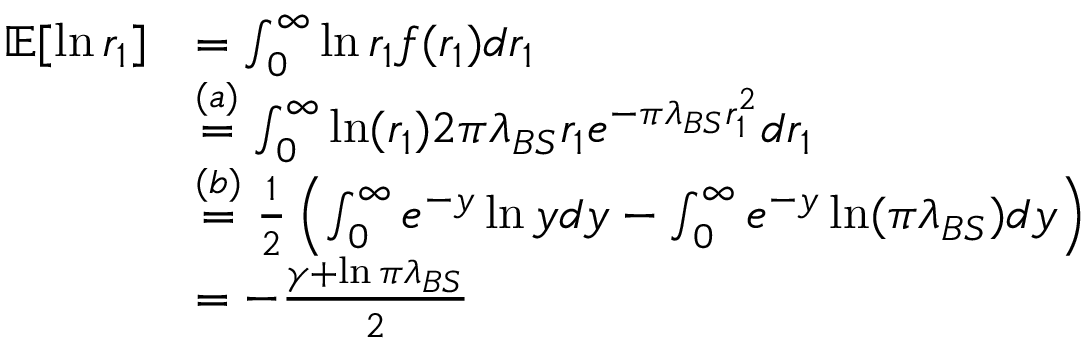
\begin{array} { r l } { \mathbb { E } [ \ln r _ { 1 } ] } & { = \int _ { 0 } ^ { \infty } \ln r _ { 1 } f ( r _ { 1 } ) d r _ { 1 } } \\ & { \stackrel { { ( a ) } } { = } \int _ { 0 } ^ { \infty } \ln ( r _ { 1 } ) 2 \pi \lambda _ { B S } r _ { 1 } e ^ { - \pi \lambda _ { B S } r _ { 1 } ^ { 2 } } d r _ { 1 } } \\ & { \stackrel { { ( b ) } } { = } \frac { 1 } { 2 } \left( \int _ { 0 } ^ { \infty } e ^ { - y } \ln y d y - \int _ { 0 } ^ { \infty } e ^ { - y } \ln ( \pi \lambda _ { B S } ) d y \right) } \\ & { = - \frac { \gamma + \ln \pi \lambda _ { B S } } { 2 } } \end{array}